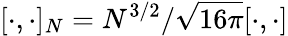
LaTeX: [\cdot,\cdot]_{N}=N^{3/2}/\sqrt{16\pi}[\cdot,\cdot]